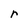
Character: r